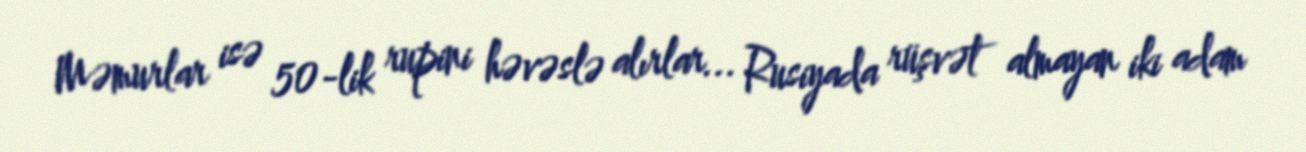
Məmurlar isə 50-lik rupini həvəslə alırlar... Rusiyada rüşvət almayan iki adam